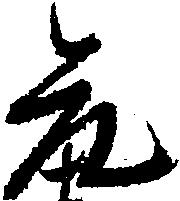
元